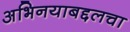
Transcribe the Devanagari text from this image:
अभिनयाबद्दलचा